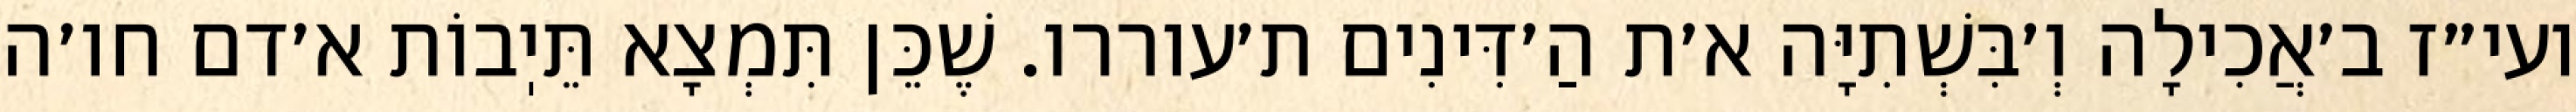
ועי״ז ב׳אֲכִילָה וְ׳בִּשְׁתִיָּה א׳ת הַ׳דִּינִים ת׳עוררו. שֶׁכֵּן תִּמְצָא תֵּיֽבוֹת א׳דם חו׳ה